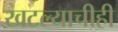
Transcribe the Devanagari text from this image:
खटल्याचीही